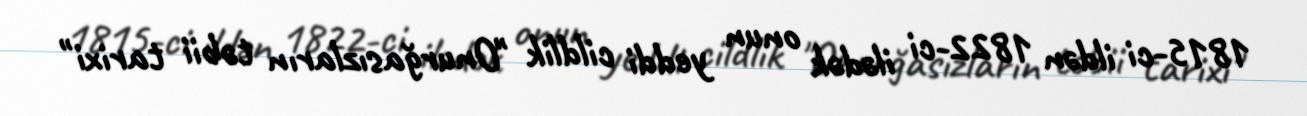
1815-ci ildən 1822-ci ilədək onun yeddi cildlik "Onurğasızların təbii tarixi"